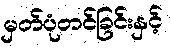
မှတ်ပုံတင်ခြင်းနှင့်